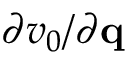
\partial v _ { 0 } / \partial { \bf q }